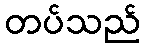
တပ်သည်